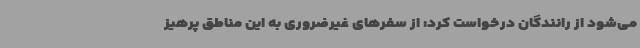
می‌شود از رانندگان درخواست کرد: از سفرهای غیرضروری به این مناطق پرهیز